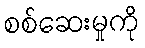
စစ်ဆေးမှုကို